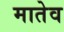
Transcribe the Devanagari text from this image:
मातेव